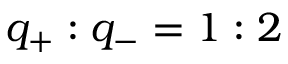
q _ { + } : q _ { - } = 1 : 2